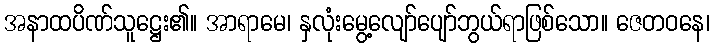
အနာထပိဏ်သူဋ္ဌေး၏။ အာရာမေ၊ နှလုံးမွေ့လျော်ပျော်ဘွယ်ရာဖြစ်သော။ ဇေတဝနေ၊